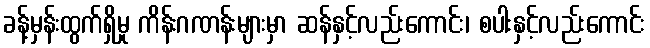
ခန့်မှန်းထွက်ရှိမှု ကိန်းဂဏန်းများမှာ ဆန်နှင့်လည်းကောင်း၊ စပါးနှင့်လည်းကောင်း